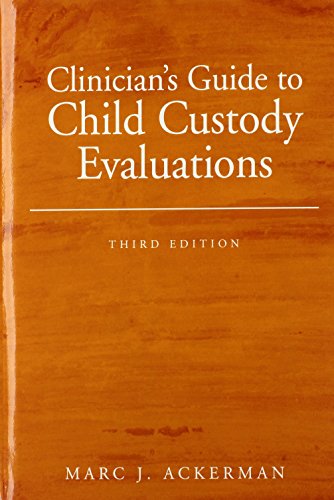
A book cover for Clinician's Guide to Child Custody Evaluations; Marc J. Ackerman; Law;